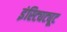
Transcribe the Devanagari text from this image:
इंस्ट्यिट्यूट